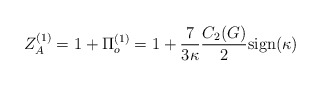
\begin{align*}Z_A^{(1)} = 1 + \Pi_o^{(1)} = 1 + \frac{7}{3\kappa} \frac{C_2 (G)}{2}{\rm sign}(\kappa)\end{align*}